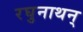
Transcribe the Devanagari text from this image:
रघुनाथन्